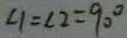
\angle 1 = \angle 2 = 9 0 ^ { \circ }